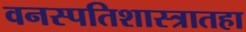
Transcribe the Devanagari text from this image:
वनस्पतिशास्त्रातहा